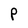
Character: P